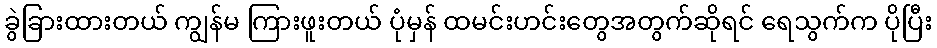
ခွဲခြားထားတယ် ကျွန်မ ကြားဖူးတယ် ပုံမှန် ထမင်းဟင်းတွေအတွက်ဆိုရင် ရေသွက်က ပိုပြီး